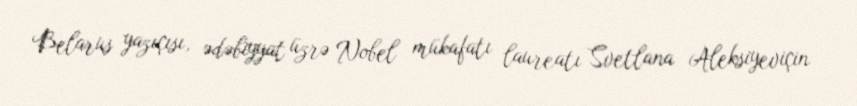
Belarus yazıçısı, ədəbiyyat üzrə Nobel mükafatı laureatı Svetlana Aleksiyeviçin